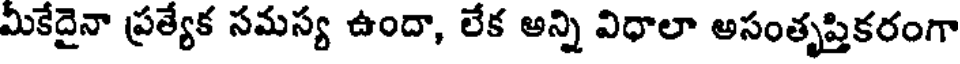
మీకేదైనా ప్రత్యేక సమస్య ఉందా, లేక అన్ని విధాలా అసంతృప్తికరంగా